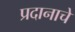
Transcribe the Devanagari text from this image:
प्रदानाचे